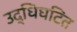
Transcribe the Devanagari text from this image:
उद्धिघटित